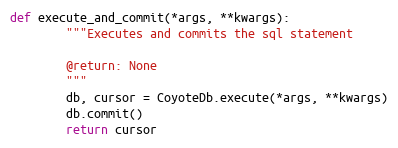
Language: Python
def execute_and_commit(*args, **kwargs):
        """Executes and commits the sql statement

        @return: None
        """
        db, cursor = CoyoteDb.execute(*args, **kwargs)
        db.commit()
        return cursor